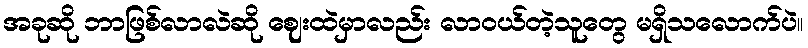
အခုဆို ဘာဖြစ်လာလဲဆို ဈေးထဲမှာလည်း လာဝယ်တဲ့သူတွေ မရှိသလောက်ပဲ။